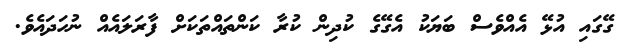
ގޭގައި އުޅޭ އެއްވެސް ބަޔަކު އެގޭގެ ކުދިން ކުރާ ކަންތައްތަކަށް ފާރަލައެއް ނުހަދައެވެ.